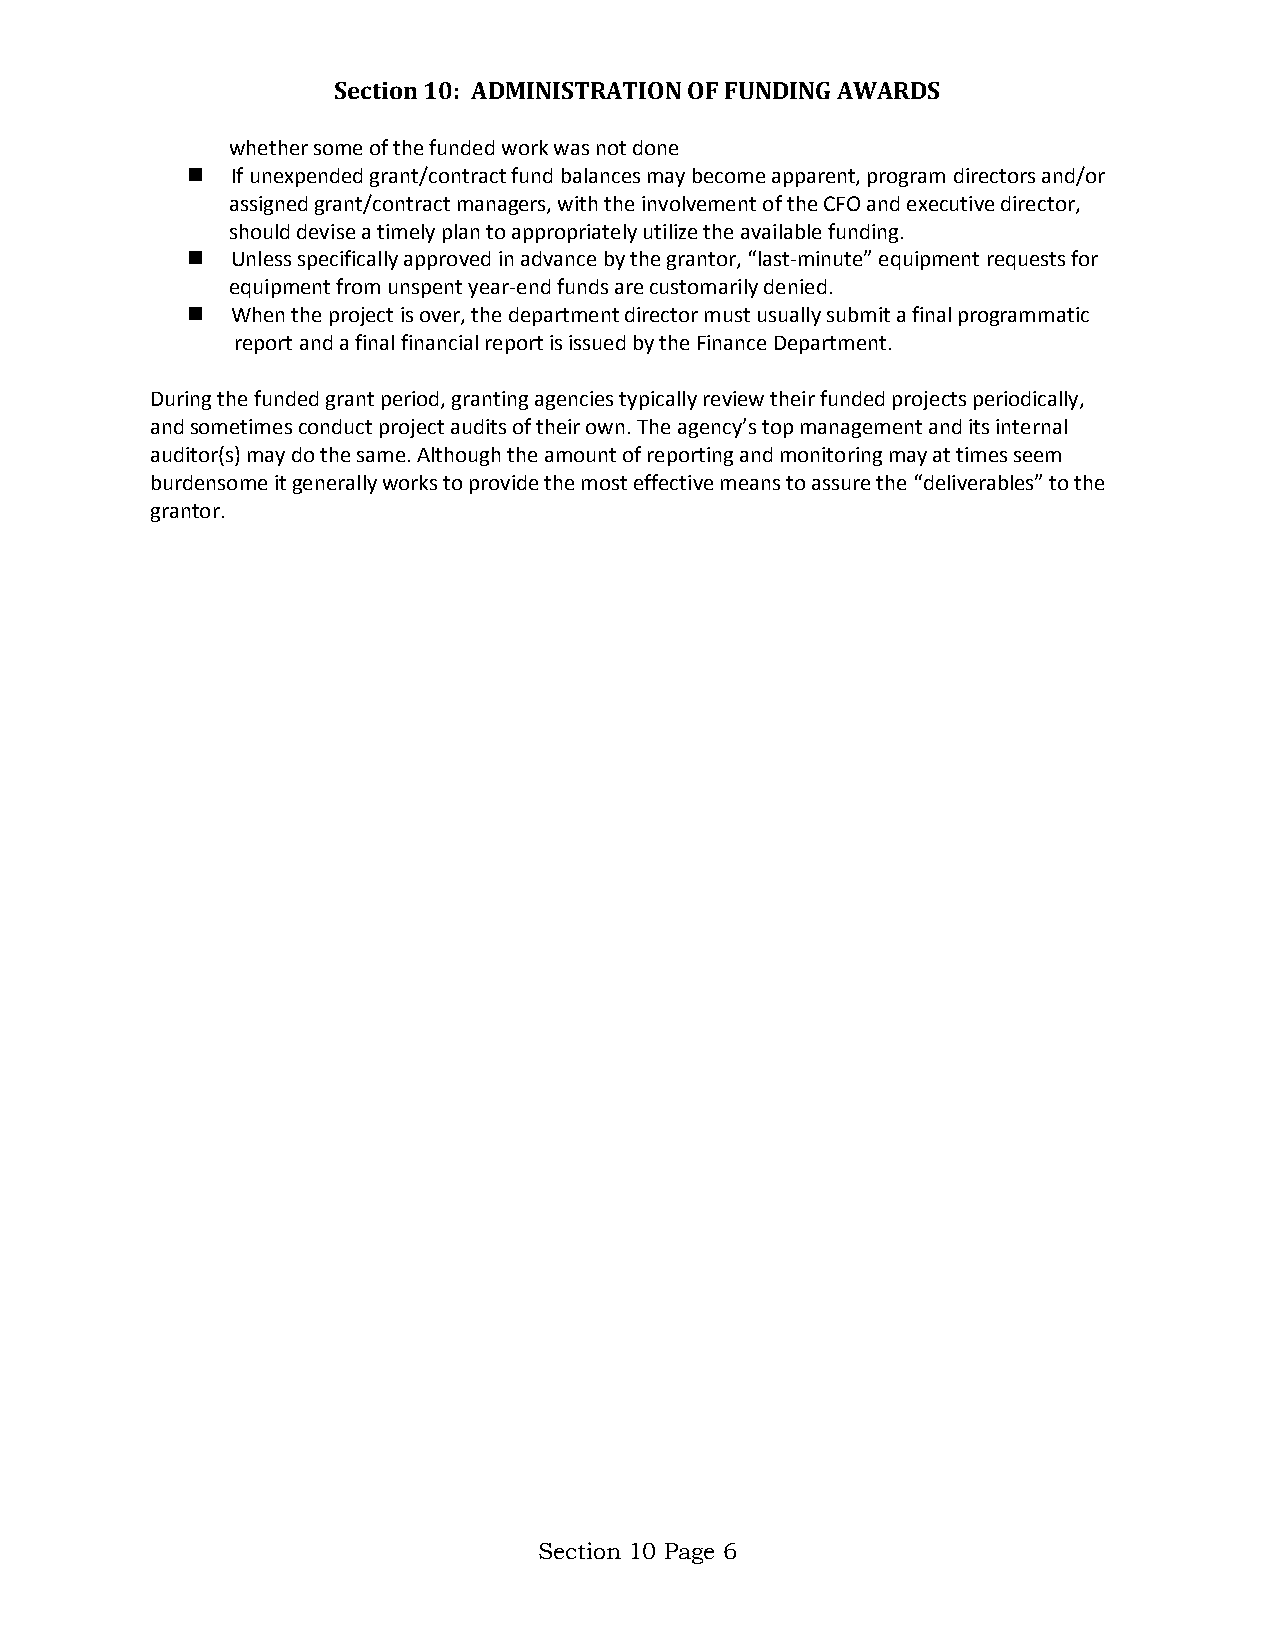
Section 10: ADMINISTRATION OF FUNDING AWARDS
 whether some of the funded work was not done
   If unexpended grant/contract fund balances may become apparent, program directors and/or
 assigned grant/contract managers, with the involvement of the CFO and executive director,
 should devise a timely plan to appropriately utilize the available funding.
   Unless specifically approved in advance by the grantor, “last-minute” equipment requests for
 equipment from unspent year-end funds are customarily denied.
   When the project is over, the department director must usually submit a final programmatic
 report and a final financial report is issued by the Finance Department.
 During the funded grant period, granting agencies typically review their funded projects periodically,
 and sometimes conduct project audits of their own. The agency’s top management and its internal
 auditor(s) may do the same. Although the amount of reporting and monitoring may at times seem
 burdensome it generally works to provide the most effective means to assure the “deliverables” to the
 grantor.
 Section 10 Page 6